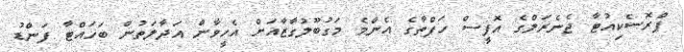
ޕްރޮސެކިއުޓާ ޖެނެރަލްގެ އޮފީސް ހަފްތާގެ އެންމެ މަގުބޫލުގާޒާއަށް އެހީވާން އަދާލަތުން ބަހައްޓާ ފަންޑު